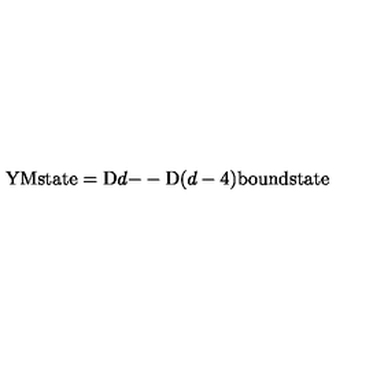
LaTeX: \mathrm { Y M s t a t e } = \mathrm { D } d \mathrm { -- D } ( d - 4 ) \mathrm { b o u n d s t a t e }